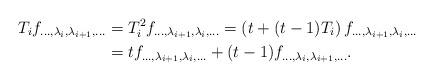
LaTeX: \begin{align*}T_i f_{\ldots,\lambda_i,\lambda_{i+1},\ldots} &= T_i^2 f_{\ldots,\lambda_{i+1},\lambda_{i},\ldots} = \left(t+(t-1)T_i \right) f_{\ldots,\lambda_{i+1},\lambda_{i},\ldots} \\&= t f_{\ldots,\lambda_{i+1},\lambda_{i},\ldots} +(t-1) f_{\ldots,\lambda_{i},\lambda_{i+1},\ldots}.\end{align*}